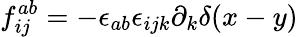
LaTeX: f_{ij}^{ab}=-{\epsilon_{ab}}{\epsilon_{ijk}}\partial_{k}\delta(x-y)